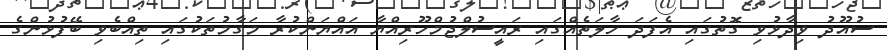
ސުއޫދު ވިދާޅުވި ގޮތުގައި އެފަދަ ހާލަތެއްގައި ރައީސުލްޖުމްހޫރިއްޔާ އައްޔަންކުރާ މަގާމުތަކުގައި ތިއްބެވި ބޭފުޅުންގެ